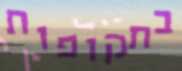
בתקופות